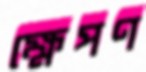
ক্ষেপণ